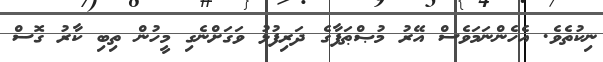
ނިކުތެވެ. އެހެންނަމަވެސް އޭރު މުޞްޠަފާގެ ދަރިފުޅު ވަގަށްނެގި މީހުން ތިބި ކާރު ގޮސް